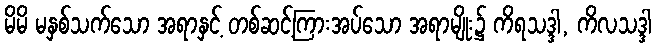
မိမိ မနှစ်သက်သော အရာနှင့် တစ်ဆင့်ကြားအပ်သော အရာမျိုး၌ ကိရသဒ္ဒါ, ကိလသဒ္ဒါ